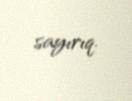
sayırıq.